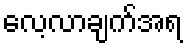
လေ့လာချက်အရ